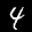
Label: 4